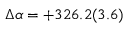
\Delta \alpha = + 3 2 6 . 2 ( 3 . 6 )